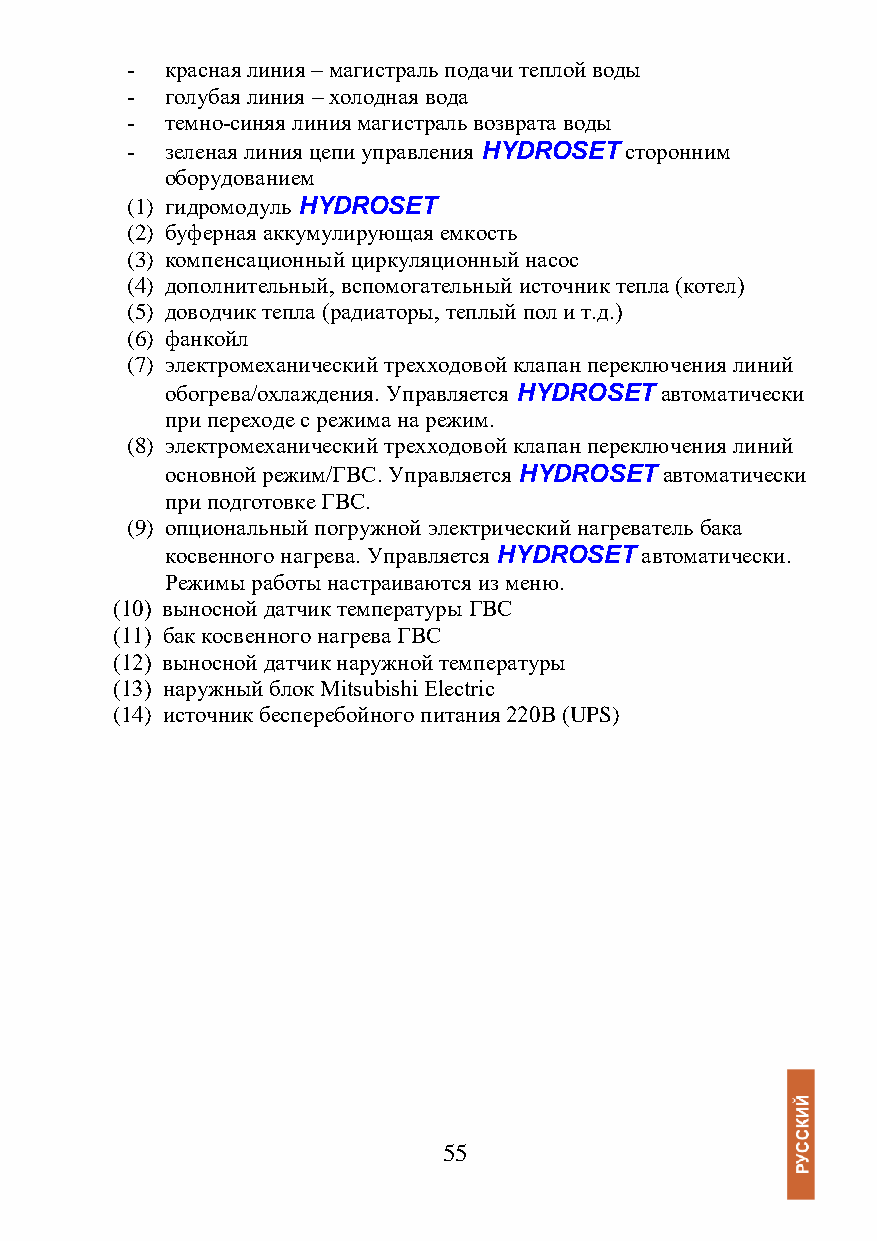
-  красная линия – магистраль подачи теплой воды
 -  голубая линия – холодная вода
 -  темно-синяя линия магистраль возврата воды
 -  зеленая линия цепи управления HYDROSET сторонним
 оборудованием
 (1) гидромодуль HYDROSET
 (2) буферная аккумулирующая емкость
 (3) компенсационный циркуляционный насос
 (4) дополнительный, вспомогательный источник тепла (котел)
 (5) доводчик тепла (радиаторы, теплый пол и т.д.)
 (6) фанкойл
 (7) электромеханический трехходовой клапан переключения линий
 обогрева/охлаждения. Управляется HYDROSET автоматически
 при переходе с режима на режим.
 (8) электромеханический трехходовой клапан переключения линий
 основной режим/ГВС. Управляется HYDROSET автоматически
 при подготовке ГВС.
 (9) опциональный погружной электрический нагреватель бака
 косвенного нагрева. Управляется HYDROSET автоматически.
 Режимы работы настраиваются из меню.
 (10) выносной датчик температуры ГВС
 (11) бак косвенного нагрева ГВС
 (12) выносной датчик наружной температуры
 (13) наружный блок Mitsubishi Electric
 (14) источник бесперебойного питания 220В (UPS)
 55